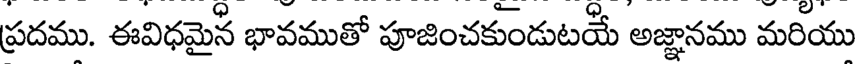
ప్రదము. ఈవిధమైన భావముతో పూజించకుండుటయే అజ్ఞానము మరియు